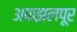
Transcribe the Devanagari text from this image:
अफझलपूर